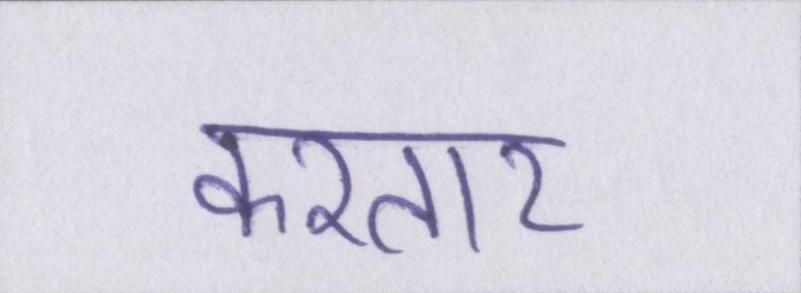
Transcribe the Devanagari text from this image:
करतार